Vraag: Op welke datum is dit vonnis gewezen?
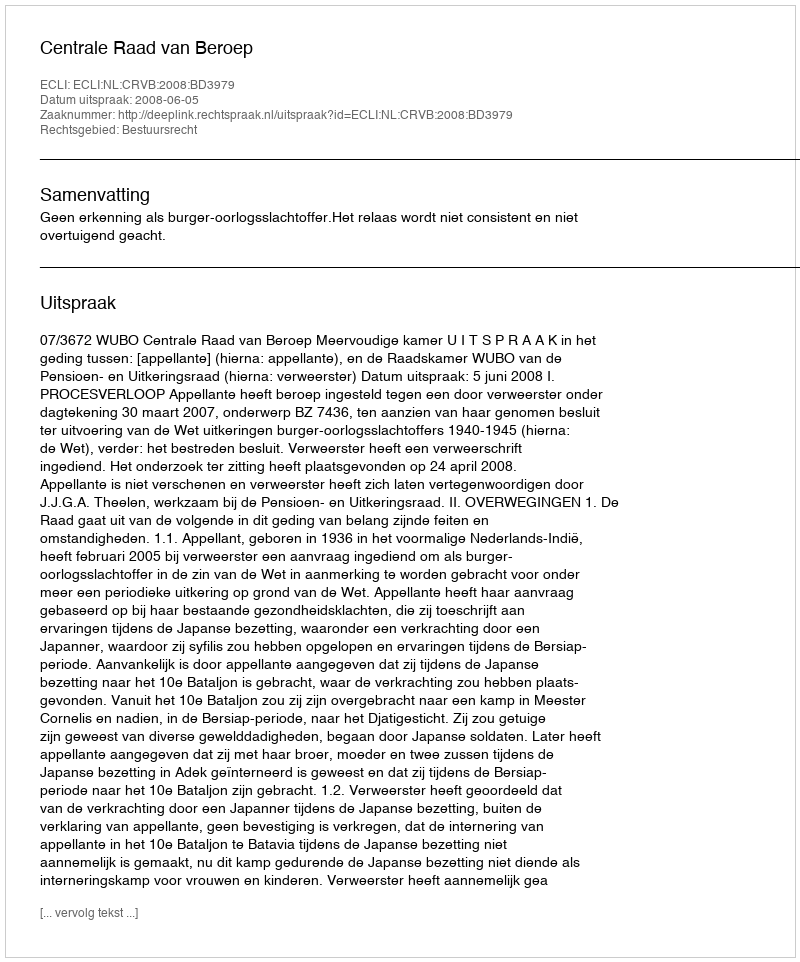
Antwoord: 2008-06-05